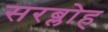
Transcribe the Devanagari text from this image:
सरब्लोह